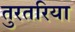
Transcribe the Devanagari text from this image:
तुरतरिया